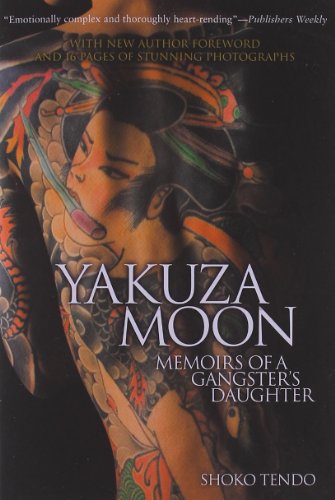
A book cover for Yakuza Moon: Memoirs of a Gangster's Daughter; Shoko Tendo; Biographies & Memoirs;